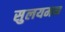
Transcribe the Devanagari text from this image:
सुलयमन